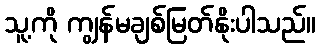
သူ့ကို ကျွန်မချစ်မြတ်နိုးပါသည်။